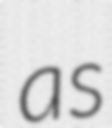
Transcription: as